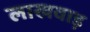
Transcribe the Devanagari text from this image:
लाखवाड़